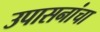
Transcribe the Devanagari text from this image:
उपासनांचा